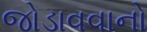
જોડાવવાનો